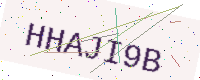
Text: HHAJI9B